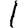
Digit: 1